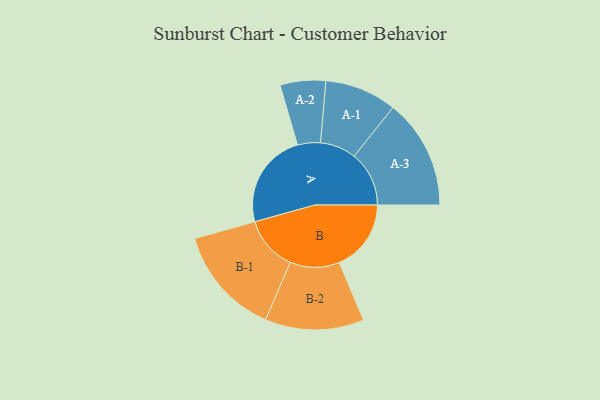
{"axis": {"x": "Segment", "y": "Value"}, "legend": ["", "A", "B"], "data": [{"x": "A", "y": 499, "type": ""}, {"x": "B", "y": 375, "type": ""}, {"x": "A-1", "y": 188, "type": "A"}, {"x": "A-2", "y": 119, "type": "A"}, {"x": "A-3", "y": 287, "type": "A"}, {"x": "B-1", "y": 286, "type": "B"}, {"x": "B-2", "y": 258, "type": "B"}]}